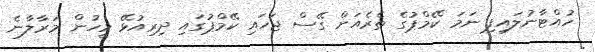
ހުއްޓާނުލައިފި ނަމަ ކޭމްޕުގެ ތެރެއަށް ގޭސް ޖަހައި ކޭމްޕުގައި ދިރިއުޅޭ މީހުން މަރާލާނެ